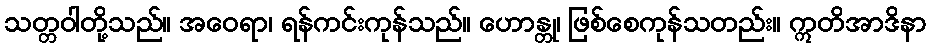
သတ္တဝါတို့သည်။ အဝေရာ၊ ရန်ကင်းကုန်သည်။ ဟောန္တု၊ ဖြစ်စေကုန်သတည်း။ ဣတိအာဒိနာ